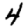
Digit: 4